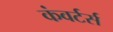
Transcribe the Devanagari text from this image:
कंवर्टर्स